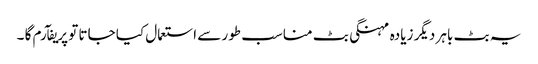
یہ بٹ باہر دیگر زیادہ مہنگی بٹ مناسب طور سے استعمال کیا جاتا تو پریفآرم گا ۔